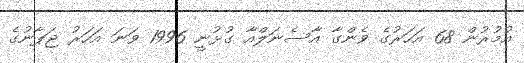
އުމުރުން 68 އަހަރުގެ ވެންގާ އާސެނަލްއާ ގުޅުނީ 1996 ވަނަ އަހަރު ޖަޕާނުގެ